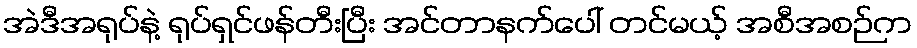
အဲဒီအရုပ်နဲ့ ရုပ်ရှင်ဖန်တီးပြီး အင်တာနက်ပေါ် တင်မယ့် အစီအစဉ်က